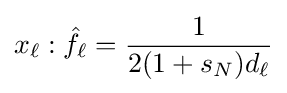
x_{\ell }:{\hat {f}}_{\ell }={\frac {1}{2(1+s_{N})d_{\ell }}}